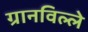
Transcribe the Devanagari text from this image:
ग्रानविल्ले